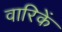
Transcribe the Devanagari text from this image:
वारिकें